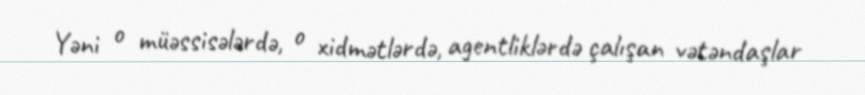
Yəni o müəssisələrdə, o xidmətlərdə, agentliklərdə çalışan vətəndaşlar